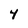
Character: 4